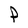
Character: P